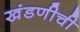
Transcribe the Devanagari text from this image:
खंडणीची